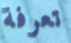
تعرفة